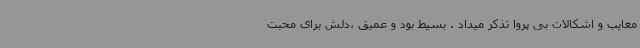
معایب و اشکالات بی پروا تذکر میداد . بسیط بود و عمیق ،دلش برای محبت